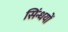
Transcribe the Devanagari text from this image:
सिंन्धयों